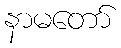
နာမတော်